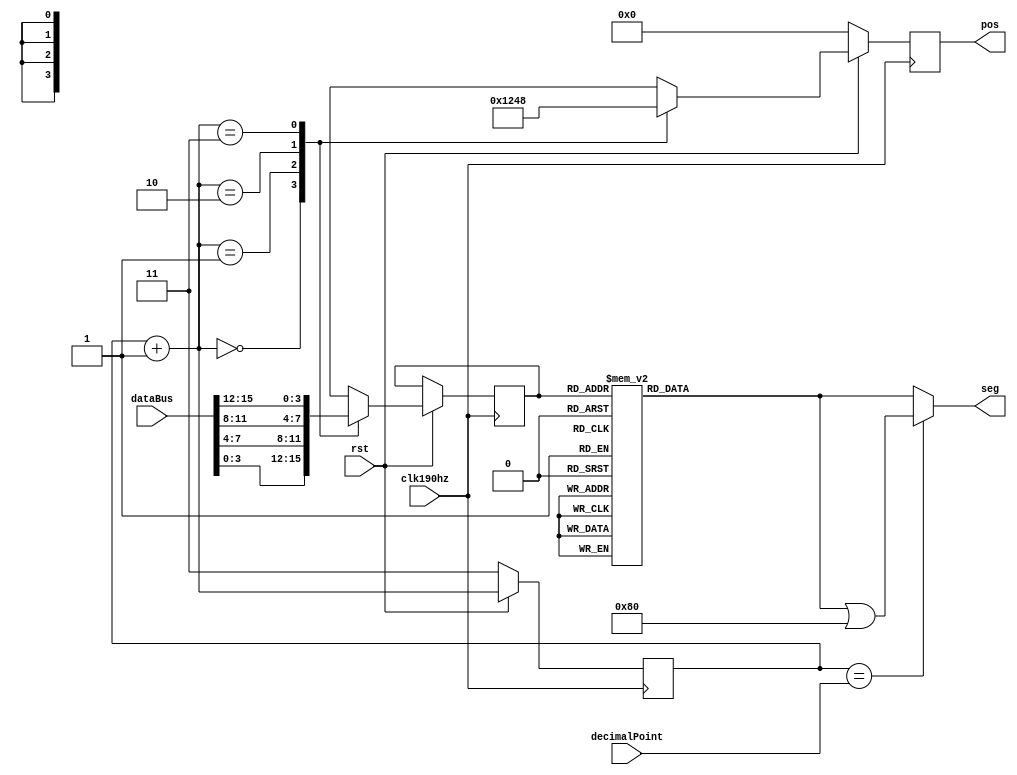
`timescale 1ns / 1ps

module segMsg2(
    input clk190hz,
    input rst,
    input [15:0] dataBus,
    input [1:0] decimalPoint,
    output reg [3:0] pos,
    output reg [7:0] seg
    );
    
    reg [1:0] posC;
    reg [3:0] dataP;
    
    always @(posedge clk190hz) 
    begin
        if (!rst) 
        begin
            pos = 4'b0000;
            posC = 3;
        end
        else begin
            posC = posC + 1;
            case (posC)
                0: begin
                    pos   <= 4'b0001;
                    dataP <= dataBus[3:0];
                end
                1: begin
                    pos   <= 4'b0010;
                    dataP <= dataBus[7:4];            
                end
                2: begin
                    pos   <= 4'b0100;
                    dataP <= dataBus[11:8];
                end
                3: begin
                    pos   <= 4'b1000;
                    dataP <= dataBus[15:12];
                end
            endcase
        end
    end
    
    always @(posC)
    begin
        case (dataP)
            0: seg = 8'b0011_1111;
            1: seg = 8'b0000_0110;
            2: seg = 8'b0101_1011;
            3: seg = 8'b0100_1111;
            4: seg = 8'b0110_0110;
            5: seg = 8'b0110_1101;
            6: seg = 8'b0111_1101;
            7: seg = 8'b0000_0111;
            8: seg = 8'b0111_1111;
            9: seg = 8'b0110_1111;
            10:seg = 8'b0100_0000;
            11:seg = 8'b0000_0000;
            default: seg = 8'b0000_1000;
        endcase
        
        if (posC == decimalPoint) seg = seg | 8'b1000_0000;
    end
endmodule